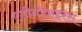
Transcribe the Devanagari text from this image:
एडीनोवाइरस